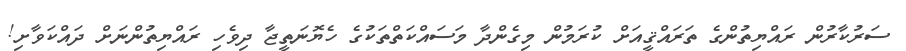
ސަރުކާރުން ރައްޔިތުންގެ ތަރައްޤީއަށް ކުރަމުން މިގެންދާ މަސައްކަތްތަކުގެ ހެޔޮނަތީޖާ ދިވެހި ރައްޔިތުންނަށް ދައްކަވާށި!